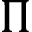
\Pi